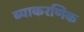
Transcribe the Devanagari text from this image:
ब्याकरणिक